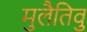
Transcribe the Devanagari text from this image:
मुलैतिवु